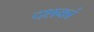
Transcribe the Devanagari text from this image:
दशकां